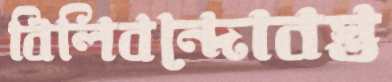
বিলিবন্দোবস্ত